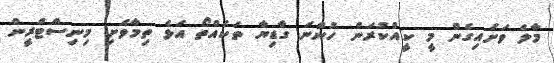
މާލެ ވަށައިގެން މީ ކީއްކުރަން ހުންނަ ގާޑިޔާ ތަކެއްތޯ އަޅެ ތިމާވެށި މިނިސްޓްރީން